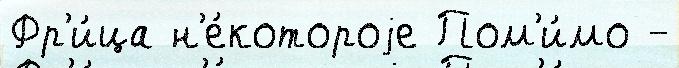
Фр'и́ца н'е́котороjе Пом'и́мо -